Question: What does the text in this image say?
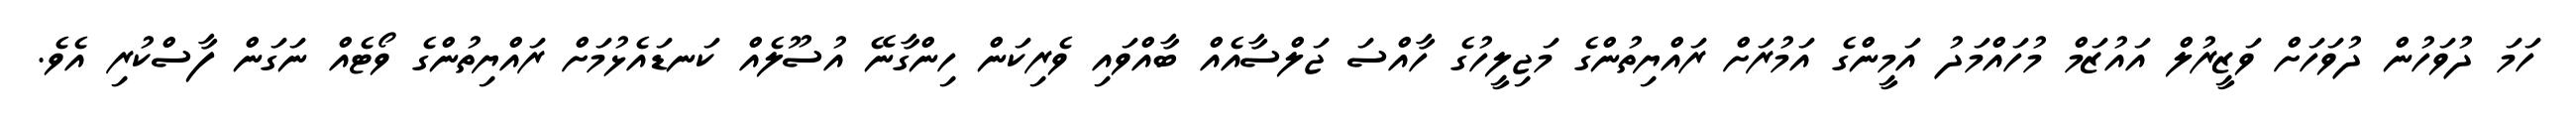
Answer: ހަމަ ދުވަހުން ދުވަހަށް ވަޒީރުލް އައުޒަމް މުހައްމަދު އަމީންގެ އަމުރަށް ރައްޔިތުންގެ މަޖިލީހުގެ ހާއްސަ ޖަލްސާއެއް ބާއްވައި ވެރިކަން ހިންގާނޭ އުސޫލެއް ކަނޑައެޅުމަށް ރައްޔިތުންގެ ވޯޓެއް ނަގަން ފާސްކުރި އެވެ.